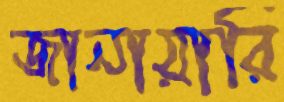
জানায়ারি